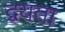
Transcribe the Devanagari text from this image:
द्वयता